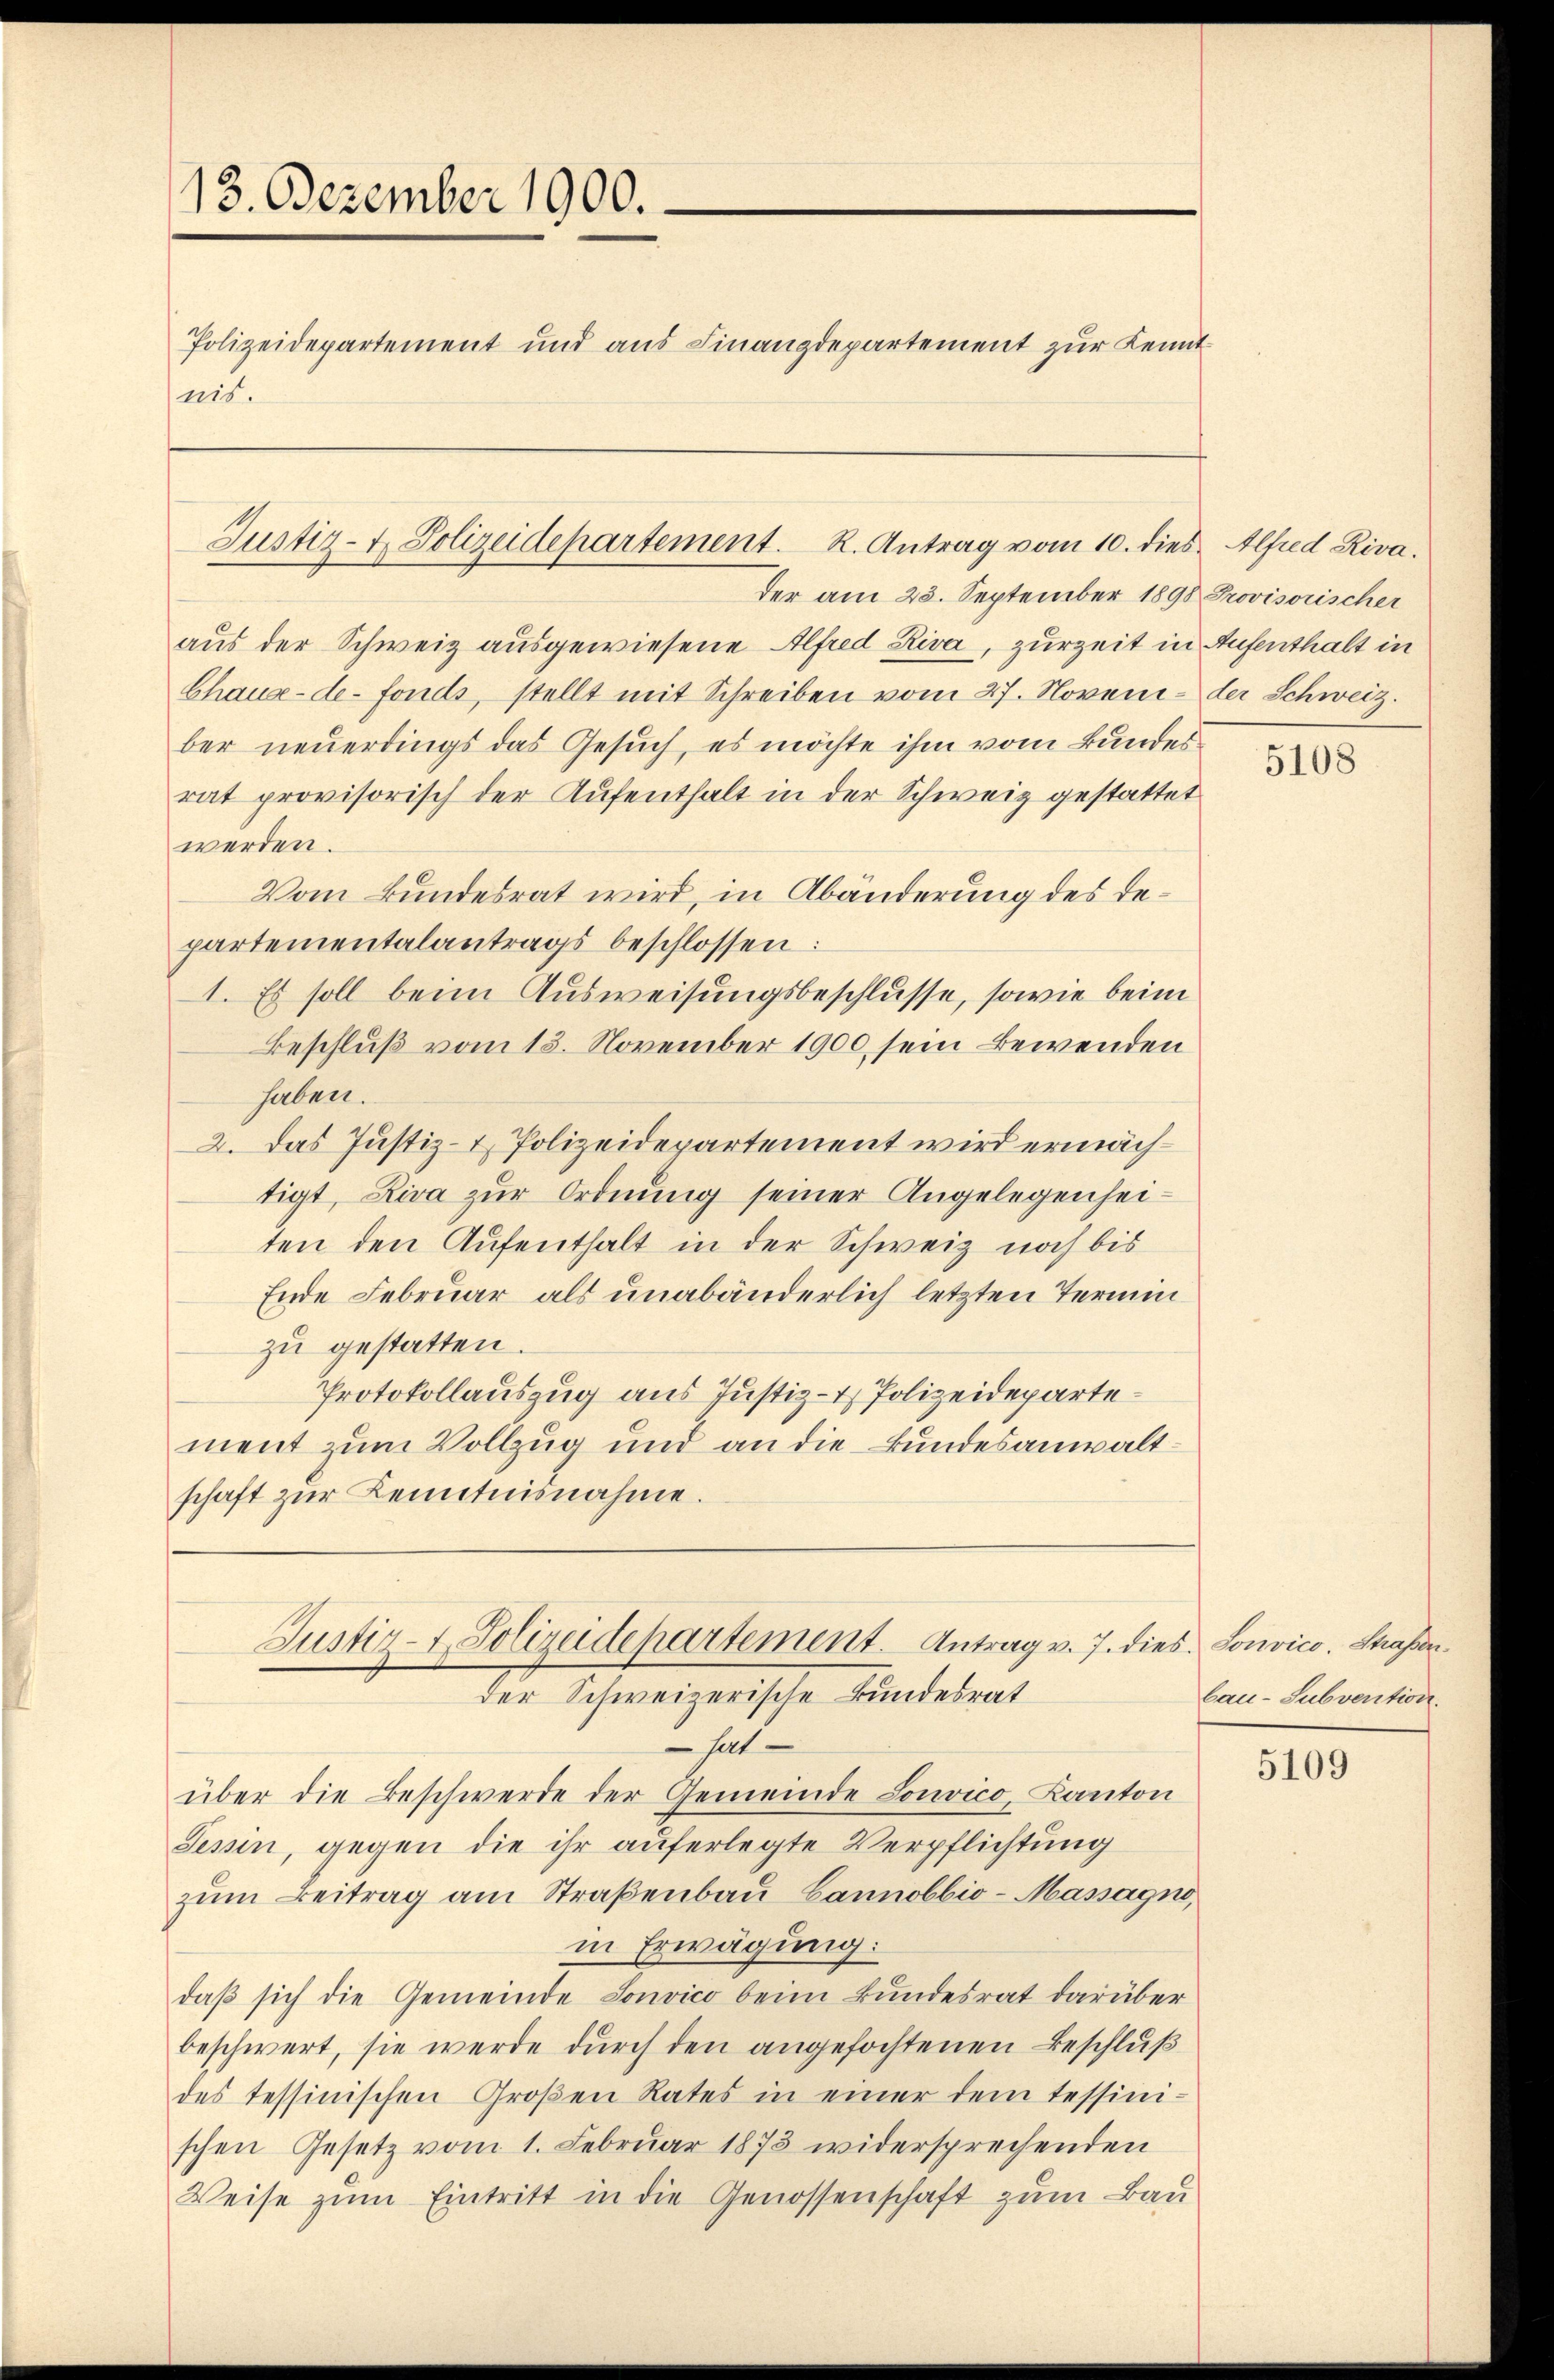
13. Dezember 1900.
Polizeidepartement und aus Finanzdepartement zur Kenntais.

Justiz- u. Polizeidepartement. R. Antrag vom 10. dies Alfred Riva.

der am 23. September 1898 Provisorischer
aus der Schweiz ausgewiesene Alfred Riva, zurzeit in Aufenthalt in
Chaux-de-Fonds, stellt mit Schreiben vom 27. Novem- der Schweiz.
ber neuerdings das Gesuch, es möchte ihm vom Bundes
rat provisorisch der Aufenthalt in der Schweiz gestattet
werden.
Vom Bundesrat wird, in Abänderung des Departementalantrags beschlossen:
1. Es soll beim Ausweisungsbeschlüsse, sowie beim
Beschluß vom 13. November 1900 sein Bewenden
haben.
2. Das Justiz- & Polizeidepartement wird ermächtigt, Riva zur Ordnung seiner Angelegenheiten den Aufenthalt in der Schweiz noch bis
Ende Februar als unabänderlich letzten Termin
zu gestatten.
Protokollauszug aus Justiz- & Polizeidepartement zum Vollzug und an die Bundesanwaltschaft zur Kenntnisnahme.

hat
über die Beschwerde der Gemeinde Louvico, Kanton
Tessin, gegen die ihr auferlegte Verpflichtung
zŭm Beitrag am Straßenbau Hannobbio- Massagno,
in Erwägung:
daß sich die Gemeinde Sonvico beim Bundesrat darüber
beschwert, sie werde durch den angefochtenen Beschluß
des tessinischen Großen Rates in einer dem tessinischen Gesetz vom 1. Februar 1873 widersprechenden
Weise zŭm Eintritt in die Genossenschaft zum Bau

Justiz- & Polizeidepartement. Antrag v. 7. dies. Sonvico. Straßender Schweizerische Bundesrat

5108

bau-Subvention.

5109